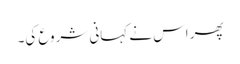
پھر اس نے کہانی شروع کی۔